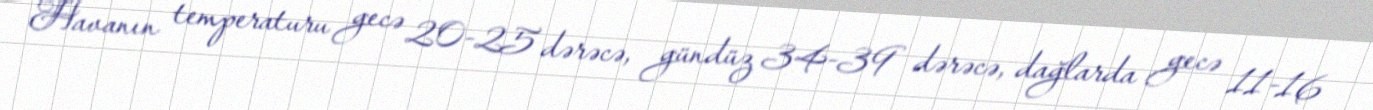
Havanın temperaturu gecə 20-25 dərəcə, gündüz 34-39 dərəcə, dağlarda gecə 11-16